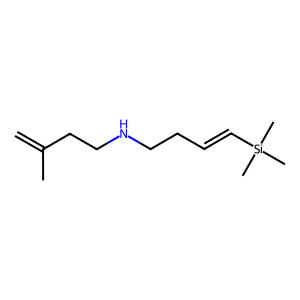
SMILES: C=C(C)CCNCCC=C[Si](C)(C)C
Inhibits HIV replication: No